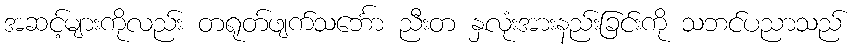
အဆင့်များကိုလည်း တရုတ်ဖျက်သင်္ဘော ညီးတ နှလုံးအားနည်းခြင်းကို သဘင်ပညာသည်